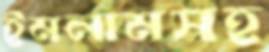
ইমলামসহ